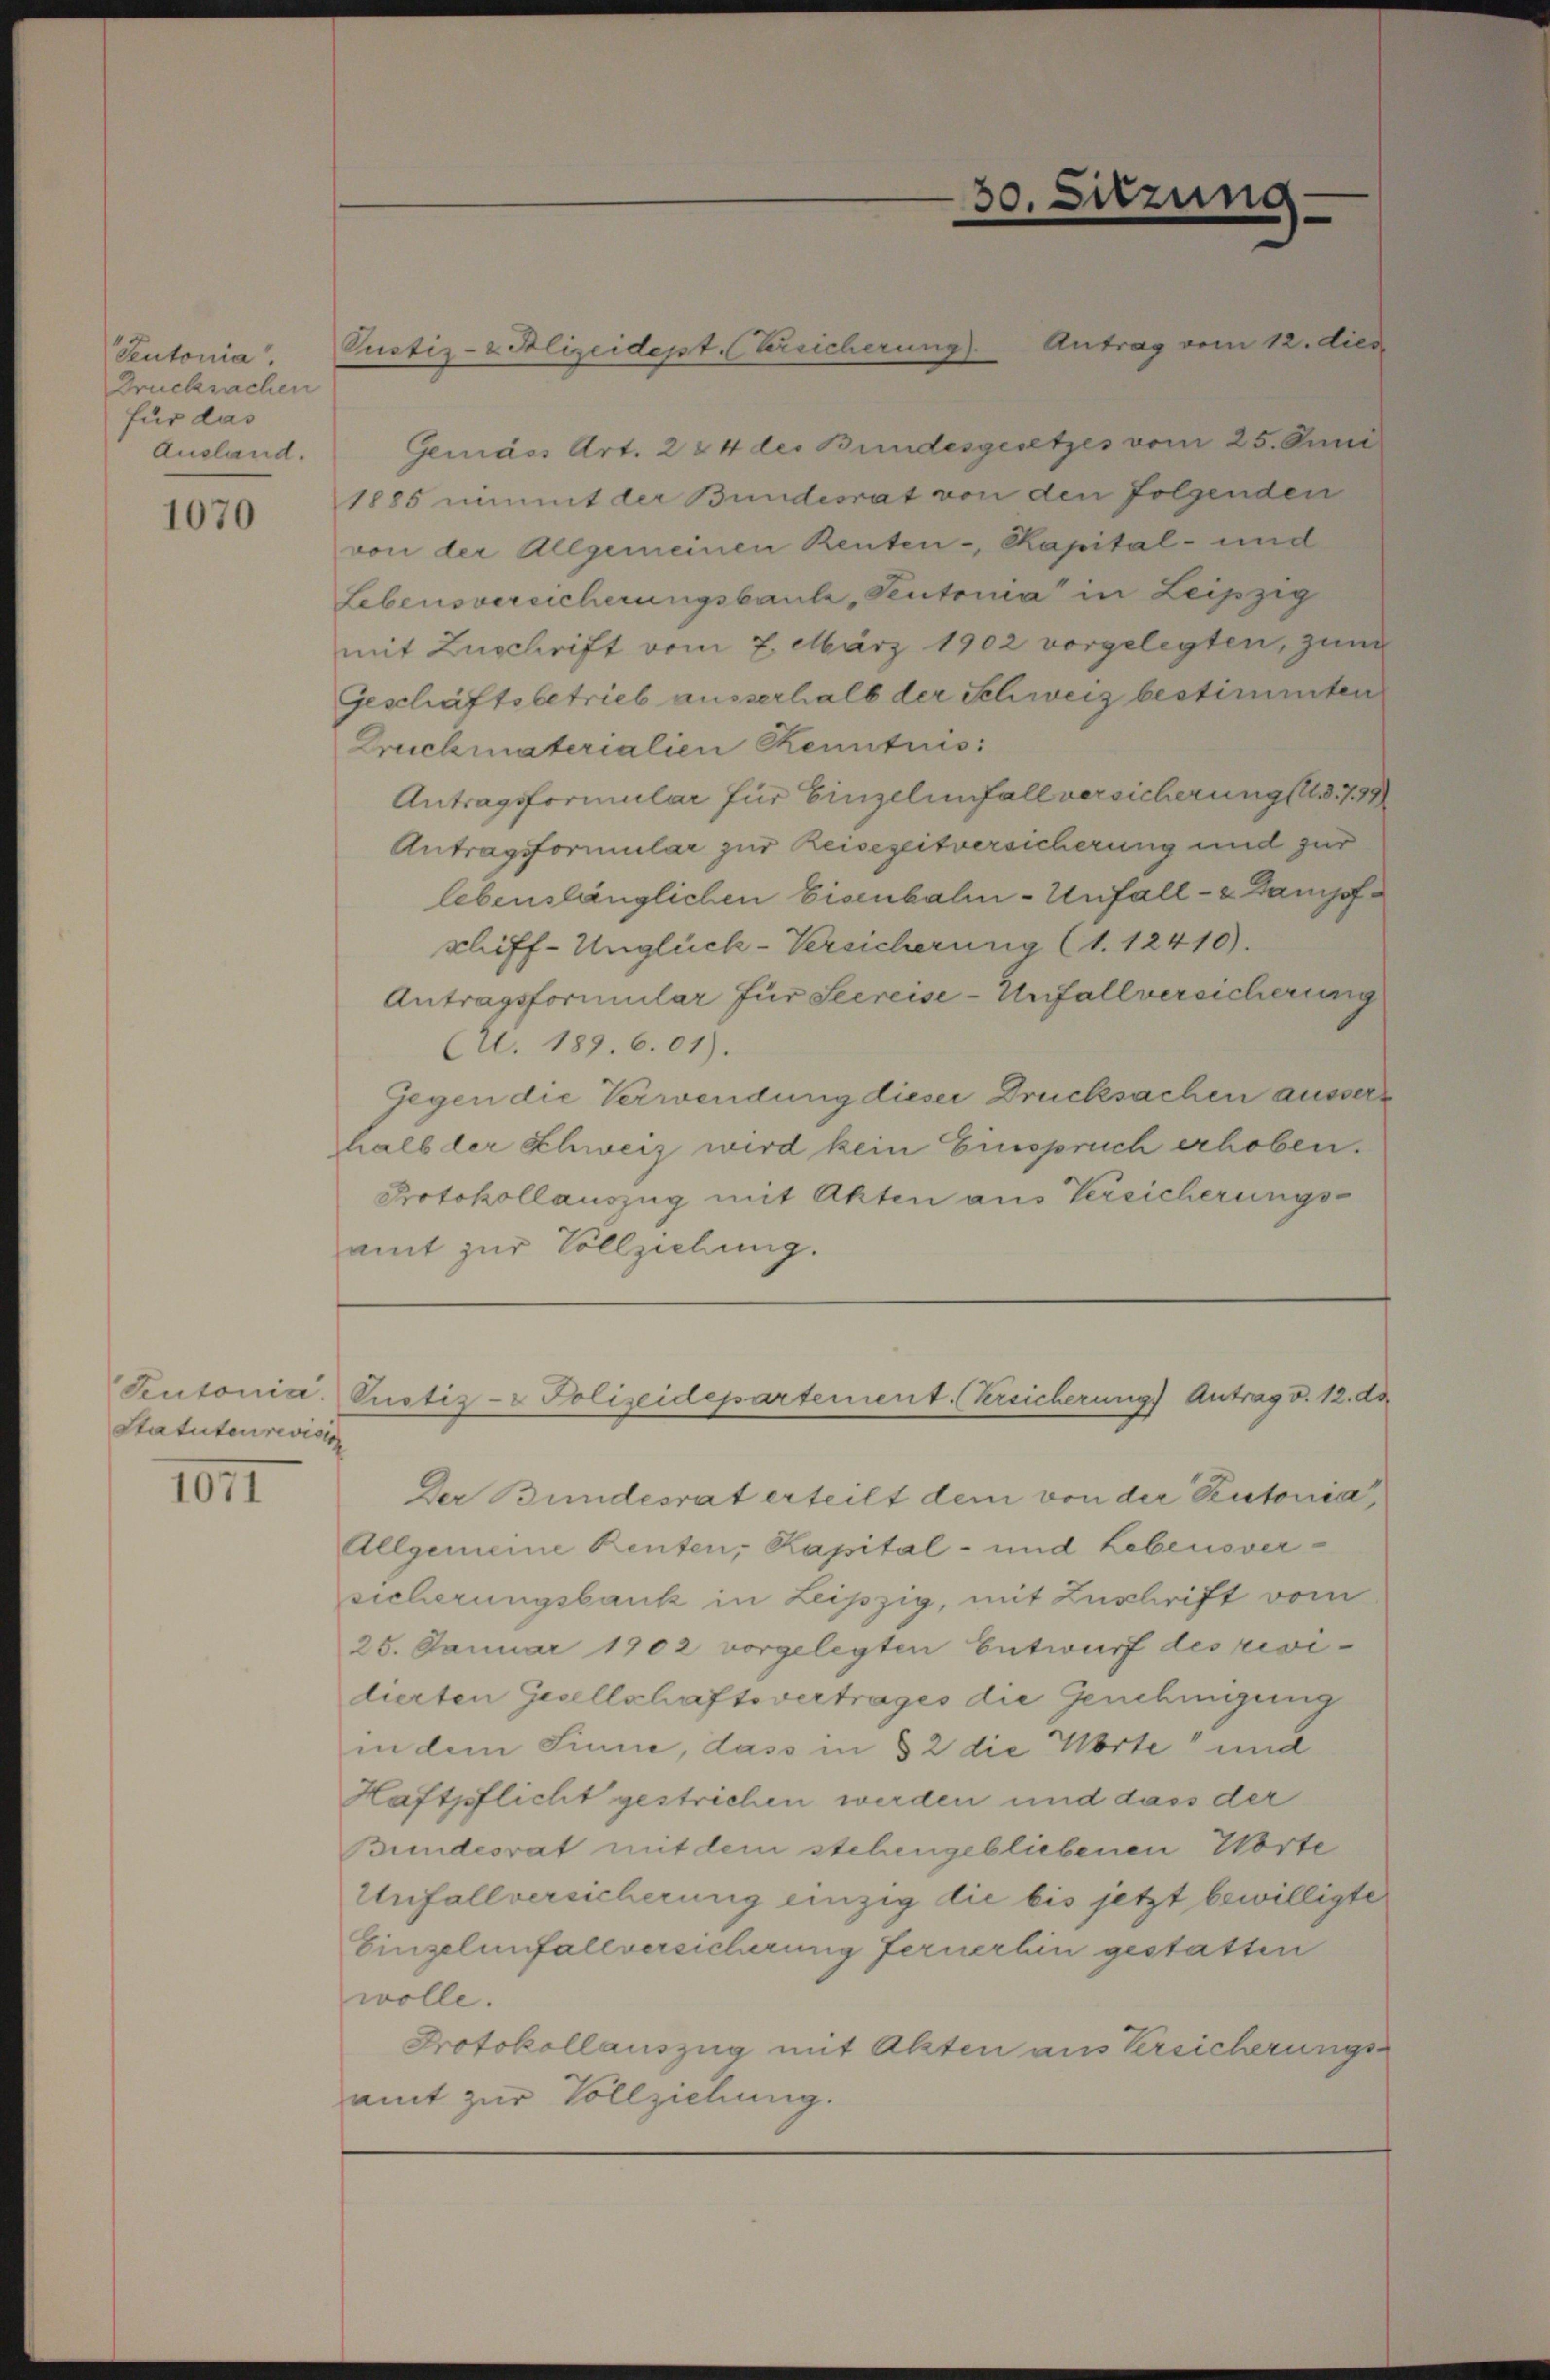
Teutonia
Drucksachen
für das
Ausland.

1070

Statuten revisio

1011

Pustiz- & Polizeidept. (Versicherung). Antrag vom 12. dies

Gemäss Art. 284 des Bundesgesetzes vom 25. Juni
1885 nimmt der Bundesrat von den folgenden
von der Allgemeinen Renten-, Kapital- und
Lebensvereicherungsbaute, Teutonia" in Leipzig
mit Zuschrift vom 7. März 1902 vorgelegten, zum
Geschäftsbetrieb ausserhalb der Schweiz bestimmten
Druchmaterialien Kenntnis:
Antragsformular für Einzelenfall versicherung 18799
Antragsformular zur Reisezeitversicherung und zur
lebenslänglichen Eisenbahn-Unfall- u Dampfschiff-Unglück-Versicherung (1. 12410).
Antragsformular für Seereise-Unfallversicherung
(U. 189. 601).
Gegen die Verwendung dieser Drucksachen ausserhalb der Schweiz wird kein Einspruch erhoben.
Protokollauszug mit Akten aus Vereicherungsamt zur Vollziehung.

30. Sitzung

Der Bundesrat erteilt dem von der Peutonia
Allgemeine Renten, Kapital- und Lebensversicherungsbank in Leipzig, mit Zuschrift vom
25. Januar 1902 vorgelegten Entwurf des revidierten Gesellschaftsvertrages die Genehmigung
in dem Sinne, dass in § 2 die Worte und
Haftpflicht gestrichen werden und dass der
Bundesrat mit dem stehengebliebenen Worte
Unfallversicherung einzig die bis jetzt bewilligte
Einzelenfallversicherung fernerhin gestatten
wolle.
Protokollauszug mit Akten aus Versicherungsamt zur Vollziehung.

Keutonia Pustiz-Polizeidepartement. (Kreicherung Antrag v. 12. ds.